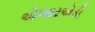
એઆરએડી